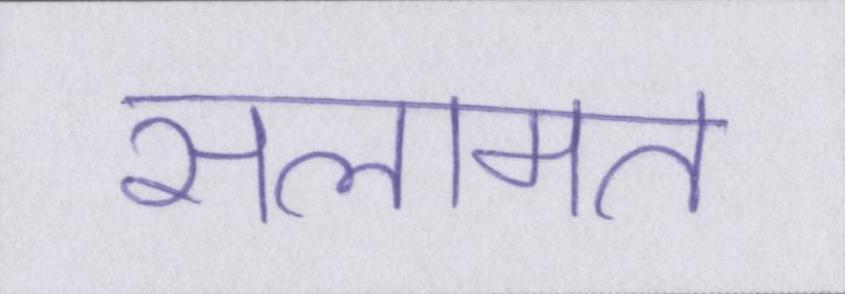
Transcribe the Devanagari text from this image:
सलामत